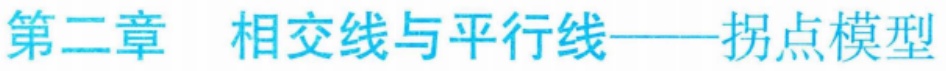
第二章 相交线与平行线——拐点模型